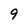
Character: 9